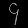
Digit: ၄